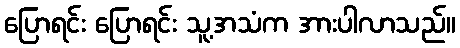
ပြောရင်း ပြောရင်း သူ့အသံက အားပါလာသည်။